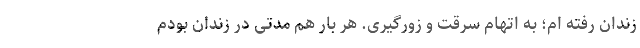
زندان رفته ‌ام؛ به اتهام سرقت و زورگیری. هر بار هم مدتی در زندان بودم